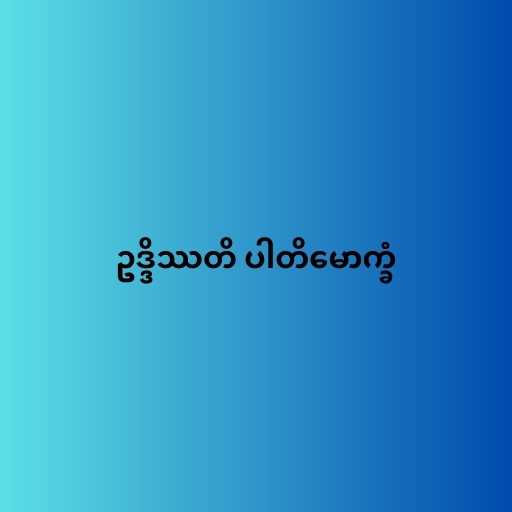
ဥဒ္ဒိဿတိ ပါတိမောက္ခံ